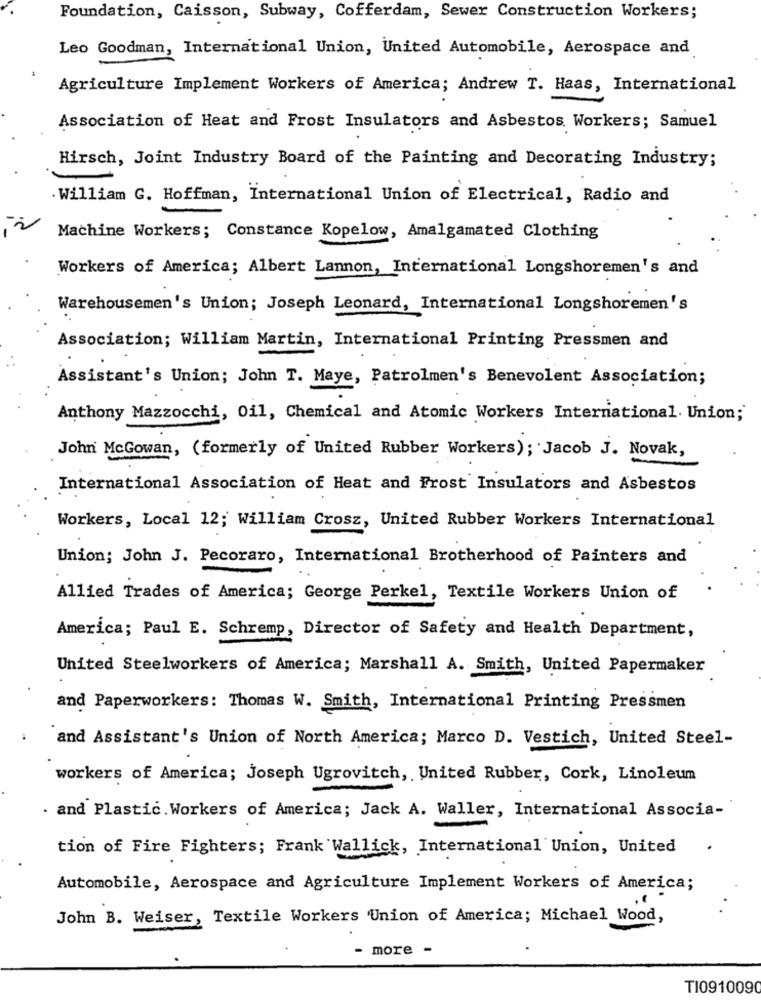
Foundation, Caisson, Subway, Cofferdam, Sewer Construction Workers;
Leo Goodman, International Union, United Automobile, Aerospace and
Agriculture Implement Workers of America; Andrew T. Haas, International
Association of Heat and Frost Insulators and Asbestos. Workers; Samuel
Hirsch, Joint Industry Board of the Painting and Decorating Industry;
. William G. Hoffman, International Union of Electrical, Radio and
Machine Workers; Constance Kopelow, Amalgamated Clothing
Workers of America; Albert Lannon, International Longshoremen's and
Warehousemen's Union; Joseph Leonard, International Longshoremen's
Association; William Martin, International Printing Pressmen and
Assistant's Union; John T. Maye, Patrolmen's Benevolent Association;
Anthony Mazzocchi, Oil, Chemical and Atomic Workers International. Union;
John McGowan, (formerly of United Rubber Workers); Jacob J. Novak,
International Association of Heat and Frost Insulators and Asbestos
Workers, Local 12; William Crosz, United Rubber Workers International
Union; John J. Pecoraro, International Brotherhood of Painters and
Allied Trades of America; George Perkel, Textile Workers Union of
America; Paul E. Schremp, Director of Safety and Health Department,
United Steelworkers of America; Marshall A. Smith, United Papermaker
and Paperworkers: Thomas W. Smith, International Printing Pressmen
and Assistant's Union of North America; Marco D. Vestich, United Steel-
workers of America; Joseph Ugrovitch, United Rubber, Cork, Linoleum
. and Plastic.Workers of America; Jack A. Waller, International Associa-
tion of Fire Fighters; Frank Wallick, International Union, United
.
Automobile, Aerospace and Agriculture Implement Workers of America;
John B. Weiser, Textile Workers Union of America; Michael Wood,
- more -
TI0910090